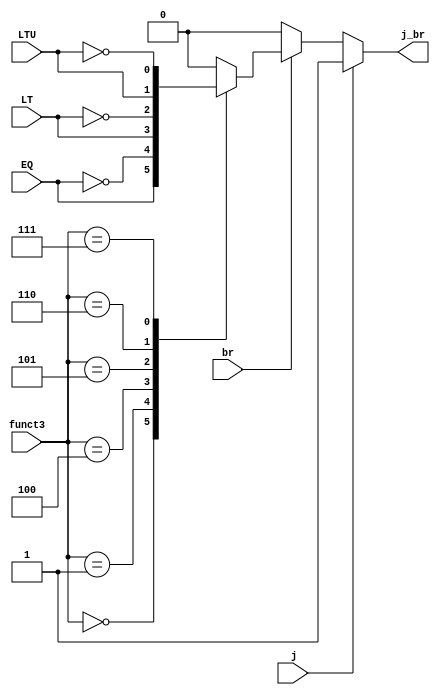
module BranchUnit(
    input j,
    input br,
    input [2:0] funct3,
    input EQ,
    input LT,
    input LTU,
    output reg j_br
    );

    always@ (*) begin
        j_br = 0;
        if (j) 
            j_br = 1;
        else if (br) begin
            case (funct3)
                3'b000: j_br = EQ; //BEQ
                3'b001: j_br = ~EQ; //BNE
                3'b100: j_br = LT; //BLT
                3'b101: j_br = ~LT; //BGE
                3'b110: j_br = LTU; //BLTU
                3'b111: j_br = ~LTU; //BGEU
                default: j_br = 0; 
            endcase 
        end

    end
    
endmodule